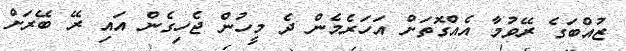
ޒުއްބަގެ ރޭވުމާ އެއްގޮތަށް އަހަރެމެން ދެ މީހުން ޖެހިގެން އައި ރޭ ބޭރަށް